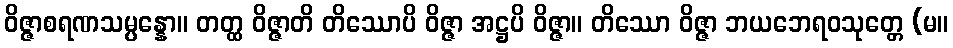
ဝိဇ္ဇာစရဏသမ္ပန္နော။ တတ္ထ ဝိဇ္ဇာတိ တိဿောပိ ဝိဇ္ဇာ အဋ္ဌပိ ဝိဇ္ဇာ။ တိဿော ဝိဇ္ဇာ ဘယဘေရဝသုတ္တေ (မ။